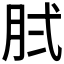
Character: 𰮓